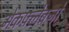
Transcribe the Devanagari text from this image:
मेकफ्लेक्नो